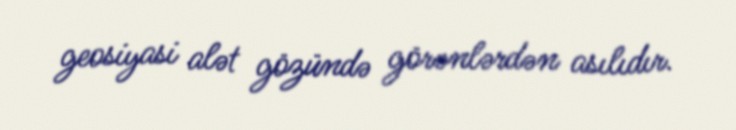
geosiyasi alət gözündə görənlərdən asılıdır.